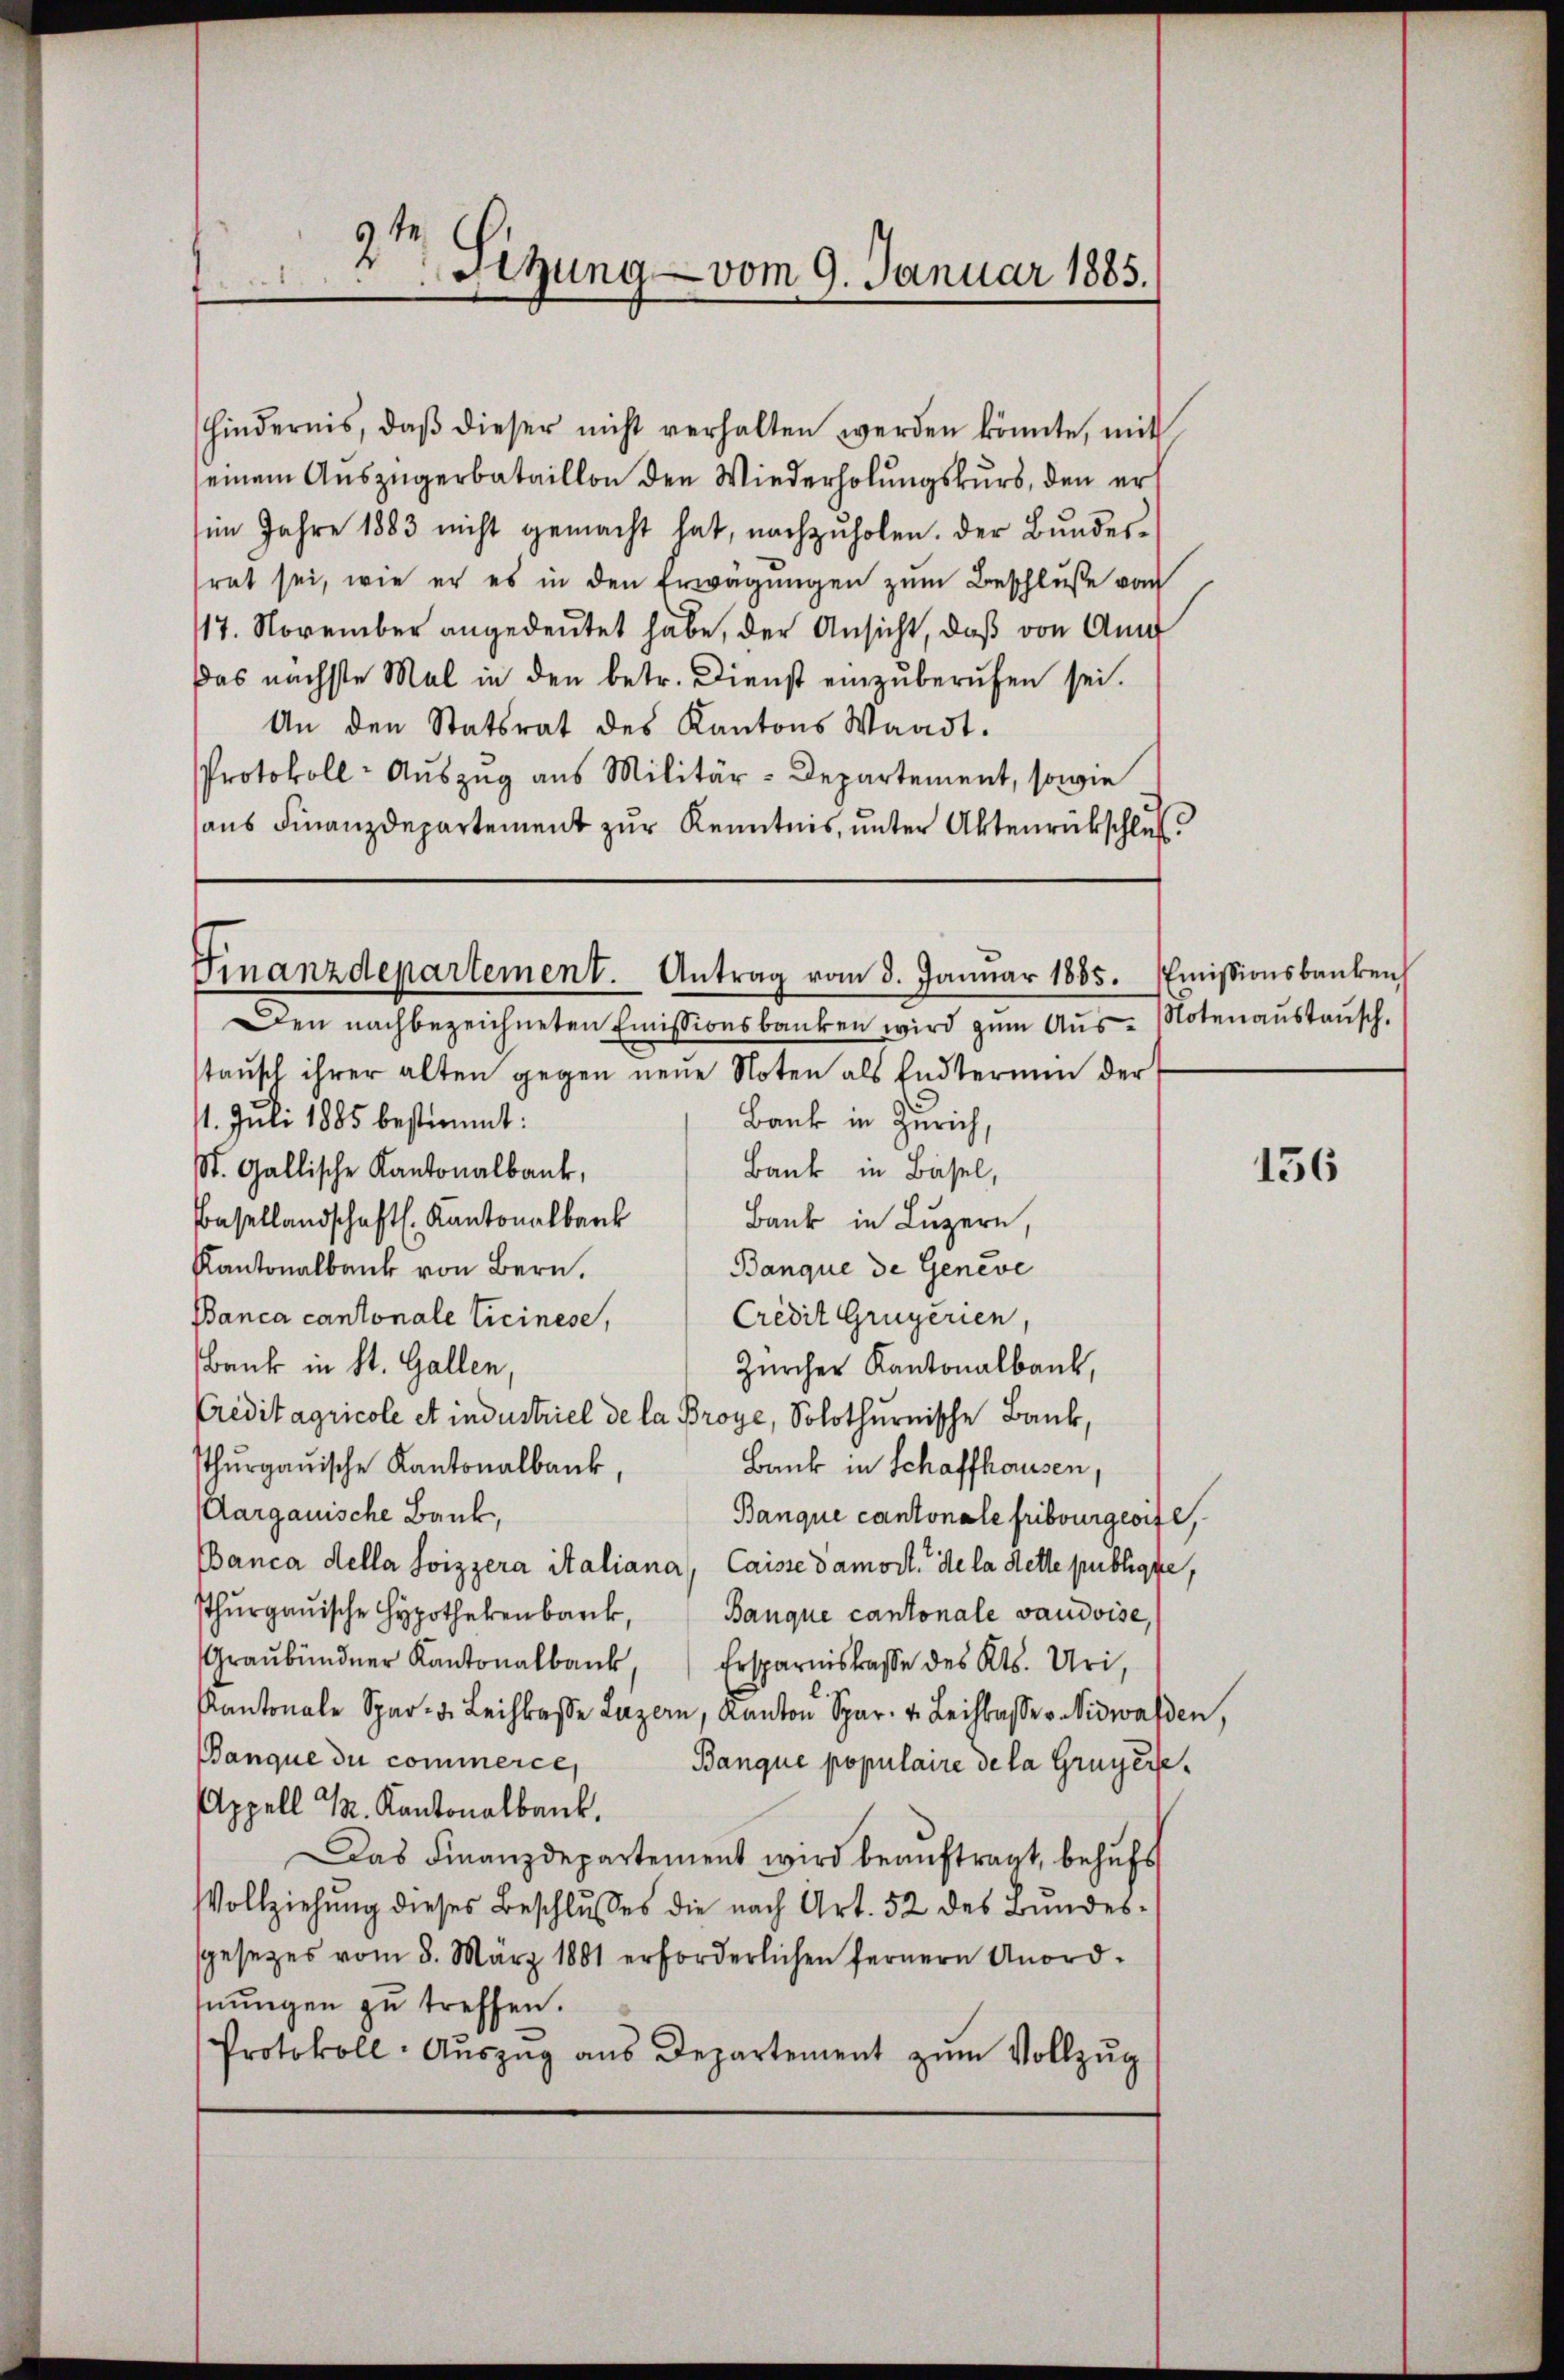
2te Sitzung vom 9. Januar 1885.

hindernis, daβ dieser nicht verhalten werden könnte, mit
seinem Auszügerbataillon den Wiederholungskurs, den er
im Jahre 1883 nicht gemacht hat, nachzŭholen. Der Bŭndes-
rat sei, wie er es in den Erwägungen zum Beschluße vom
17. November angedeutet habe, der Ansicht, daß von Am
das nächste Mal in den betr. Dienst einzuberufen sei.
An den Statsrat des Kantons Waadt.
Protokoll- Auszug aus Militär-Departement, sowie
aus Finanzdepartement zur Kenntnis, unter Aktenrückschluß¬

Finanzdepartement. Antrag vom 8. Januar 1885. Emissionsbankenh

Den nachbezeichneten Emissionsbanken wird zum Aus Notenaustausch,
stausch ihrer alten gegen neue Noten als Endterium der
11. Juli 1885 bestimmt:
Bank in Zürich,
Bank in Basel,
St. Gallische Kantonalbank,
Basellandschaft. Kantonalbank
Bank in Luzern,
Banque de Geneve
Kantonalbank von Bern.
Credit Gruyerien,
Banca cantonale Ticinese,
Bank in St. Gallen,
Zürcher Kantonalbank,
Creditagricole et industriel de la Broye, Solothurnische Bank,
Thŭrgaŭische Kantonalbank, Bank in Schaffhausen,
(Aargauische Bank,
Banque cantonale Fribourgeoifl,
Banca della Soizzera italiana, Caisse damort. de la dette publicke,
Thŭrgaŭische Hypothekenbarck, Banque cantonale vaudoise,
Graubündner Kantonalbank, Ersparnistrasse des Kts. Uri,
Kantonale Spar- u. Leihkasse Luzern, Kanton Spar. v. Leihkasse v. Nidwalden,
Banque du commerce,
Banque populaire de la Gruyere¬
Appell M. Kantonalbank.
Das Finanzdepartement wird beaŭftragt, behŭfs
Vollziehung dieses Beschlusses die nach Art. 52 des Bundessgesezes vom 8. März 1881 erforderlichen fernern Unord-
nŭngen zu treffen.
Protokoll- Aŭszŭg ans Departement zŭm Vollzŭg

156